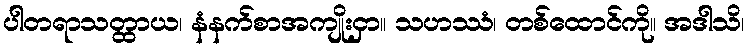
ပါတရာသတ္ထာယ၊ နံနက်စာအကျိုးငှာ။ သဟဿံ၊ တစ်ထောင်ကို။ အဒါသိ၊